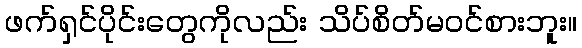
ဖက်ရှင်ပိုင်းတွေကိုလည်း သိပ်စိတ်မဝင်စားဘူး။